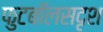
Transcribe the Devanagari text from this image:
फुटबॉलसदृश